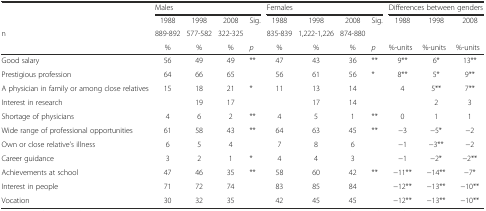
|  | <COLSPAN=4> Males | <COLSPAN=4> Females | <COLSPAN=3> Differences between genders |
 |  | 1988 | 1998 | 2008 | Sig. | 1988 | 1998 | 2008 | Sig. | 1988 | 1998 | 2008 |
 | n | 889-892 | 577-582 | 322-325 |  | 835-839 | 1,222-1,226 | 874-880 |  |  |  |  |
 |  | % | % | % | p | % | % | % | p | %-units | %-units | %-units |
 | --- | --- | --- | --- | --- | --- | --- | --- | --- | --- | --- | --- |
 | Good salary | 56 | 49 | 49 | ** | 47 | 43 | 36 | ** | 9** | 6* | 13** |
 | Prestigious profession | 64 | 66 | 65 |  | 56 | 61 | 56 | * | 8** | 5* | 9** |
 | A physician in family or among close relatives | 15 | 18 | 21 | * | 11 | 13 | 14 |  | 4 | 5** | 7** |
 | Interest in research |  | 19 | 17 |  |  | 17 | 14 |  |  | 2 | 3 |
 | Shortage of physicians | 4 | 6 | 2 | ** | 4 | 5 | 1 | ** | 0 | 1 | 1 |
 | Wide range of professional opportunities | 61 | 58 | 43 | ** | 64 | 63 | 45 | ** | −3 | −5* | −2 |
 | Own or close relative’s illness | 6 | 5 | 4 |  | 7 | 8 | 6 |  | −1 | −3** | −2 |
 | Career guidance | 3 | 2 | 1 | * | 4 | 4 | 3 |  | −1 | −2* | −2** |
 | Achievements at school | 47 | 46 | 35 | ** | 58 | 60 | 42 | ** | −11** | −14** | −7* |
 | Interest in people | 71 | 72 | 74 |  | 83 | 85 | 84 |  | −12** | −13** | −10** |
 | Vocation | 30 | 32 | 35 |  | 42 | 45 | 45 |  | −12** | −13** | −10** |